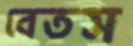
বেতস